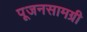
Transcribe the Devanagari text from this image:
पूजनसामग्री